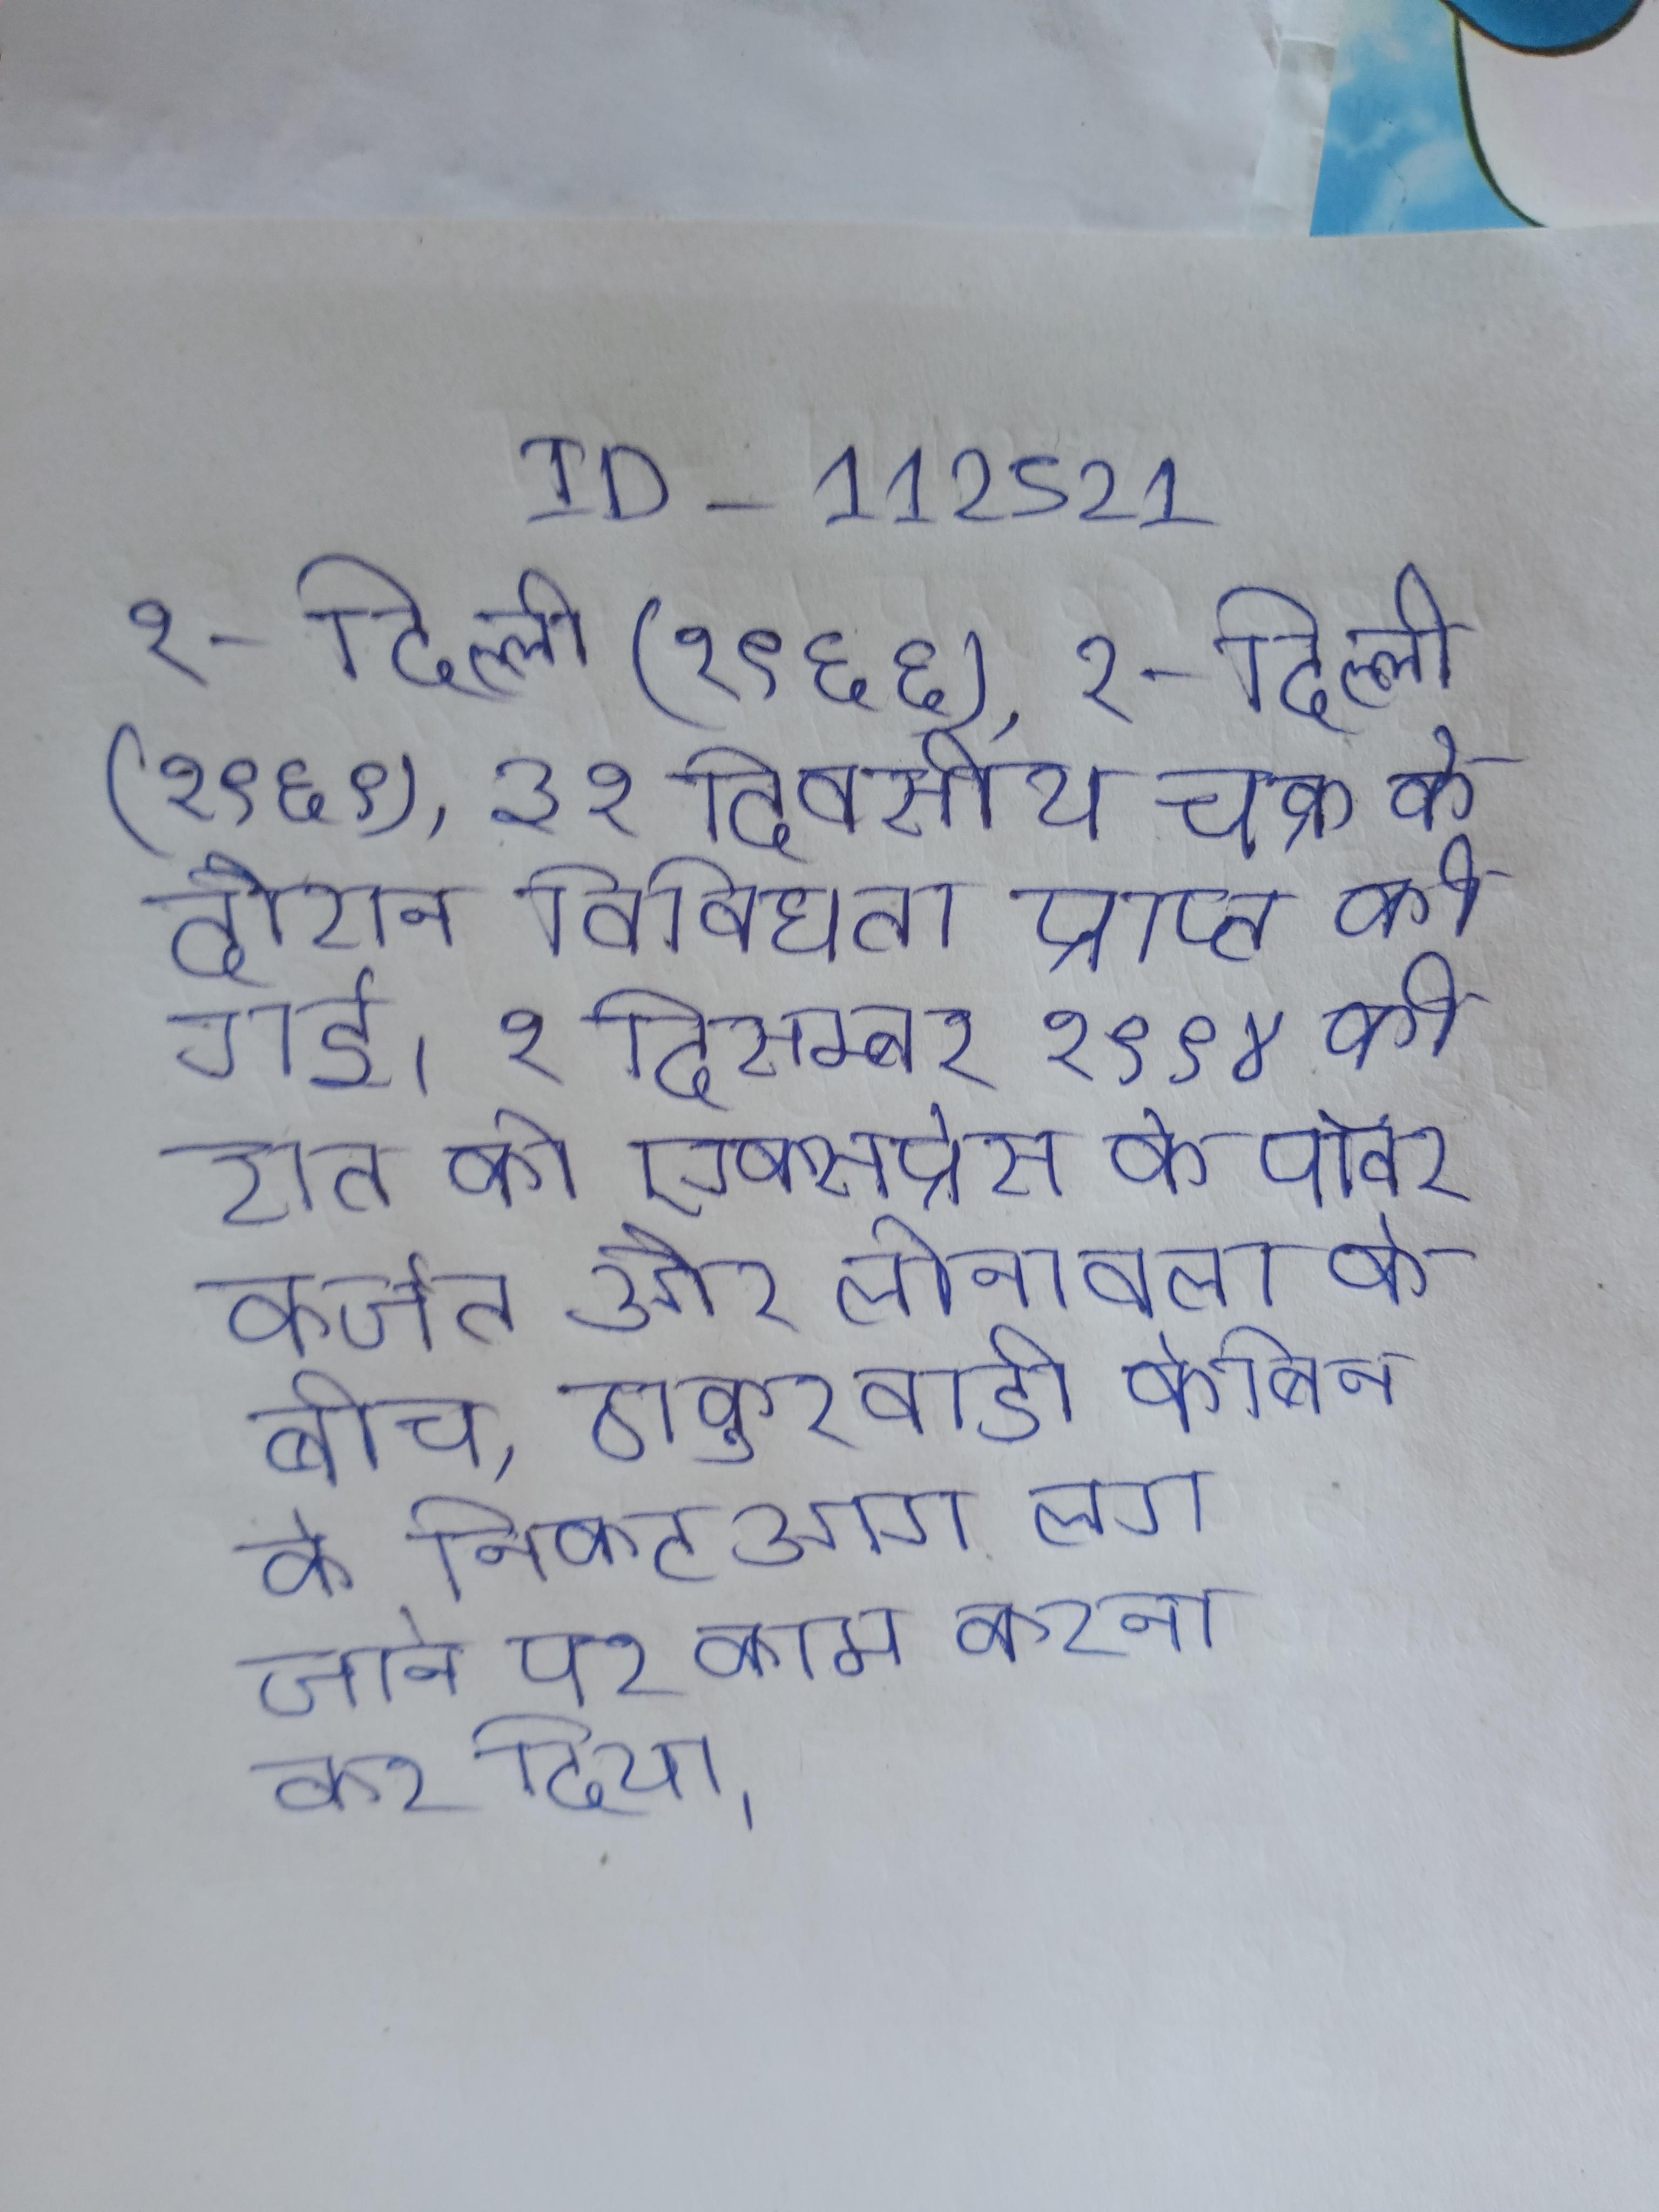
१ - दिल्ली (१९६६), २ - दिल्ली (१९६९), ३ १ दिवसीय चक्र के दौरान विविधता प्राप्त की गई । १ दिसम्बर १९९४ की रात को एक्सप्रेस के पॉवर कर्जत और लोनावला के बीच, ठाकुरवाडी केबिन के निकट आग लग जाने पर काम करना कर दिया ।